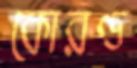
কোরণ্ড